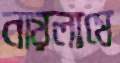
নায়লামে